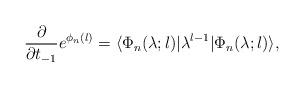
LaTeX: \begin{align*}\frac{\partial}{\partial t_{-1}}e^{\phi_{n}(l)}=\langle\Phi_{n}(\lambda;l)|\lambda^{l-1}|\Phi_{n}(\lambda;l)\rangle,\end{align*}